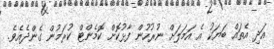
އަދި އެތައް ބަޔަކު އެ އަމަލަށް ނުރުހުން ފާޅުކޮށް ކޮމެންޓް ކުރަމުން ގެންދެއެވެ.